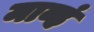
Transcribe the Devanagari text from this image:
माव्हं